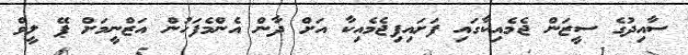
ސާއިދުގެ ސީޒަން ޖެމެއިކާގައި ފަށައިފިޖެމެއިކާ އަށް ދާން އެންމެފަހުން އަޒްނީމަށް ޕޭ ލީވް